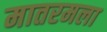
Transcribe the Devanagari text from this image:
मातरमला